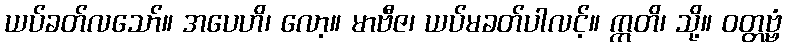
ယပ်ခတ်လသော်။ အပေဟိ၊ လော့။ မာဗီဇ၊ ယပ်မခတ်ပါလင့်။ ဣတိ၊ သို့။ ဝတ္တဗ္ဗံ